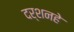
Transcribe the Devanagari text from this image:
दर्शनहे